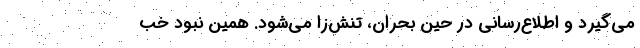
می‌گیرد و اطلاع‌رسانی‌ در حین بحران، تنش‌زا می‌شود. همین نبودِ خب